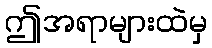
ဤအရာများထဲမှ